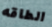
الطاقه